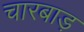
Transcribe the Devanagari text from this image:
चारबाड़